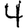
Digit: 4